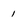
Character: 1